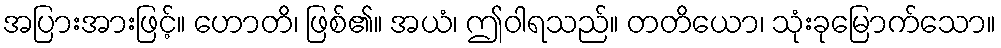
အပြားအားဖြင့်။ ဟောတိ၊ ဖြစ်၏။ အယံ၊ ဤဝါရသည်။ တတိယော၊ သုံးခုမြောက်သော။